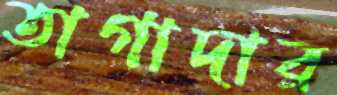
তাগাদার